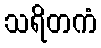
သရိတကံ